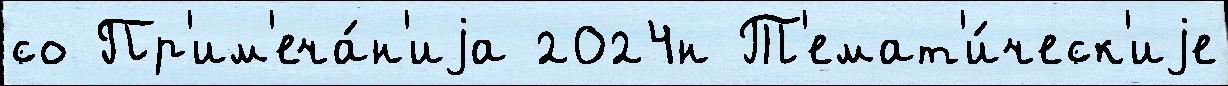
со Пр'им'еча́н'иjа 2024н Т'емат'и́ческ'иjе